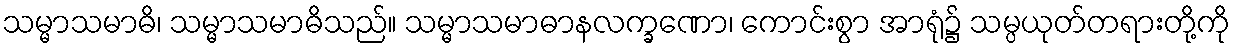
သမ္မာသမာဓိ၊ သမ္မာသမာဓိသည်။ သမ္မာသမာဓာနလက္ခဏော၊ ကောင်းစွာ အာရုံ၌ သမ္ပယုတ်တရားတို့ကို